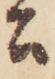
公